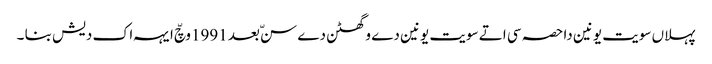
پہلاں سویت یونین دا حصہ سی اتے سویت یونین دے وگھٹن دے سنّ بعد 1991وچّ ایہہ اک دیش بنا ۔